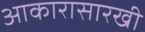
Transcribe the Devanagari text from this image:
आकारासारखी